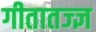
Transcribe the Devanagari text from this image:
गीतातज्ज्ञ